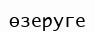
өзеруге